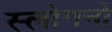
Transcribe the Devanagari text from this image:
स्लोगनों